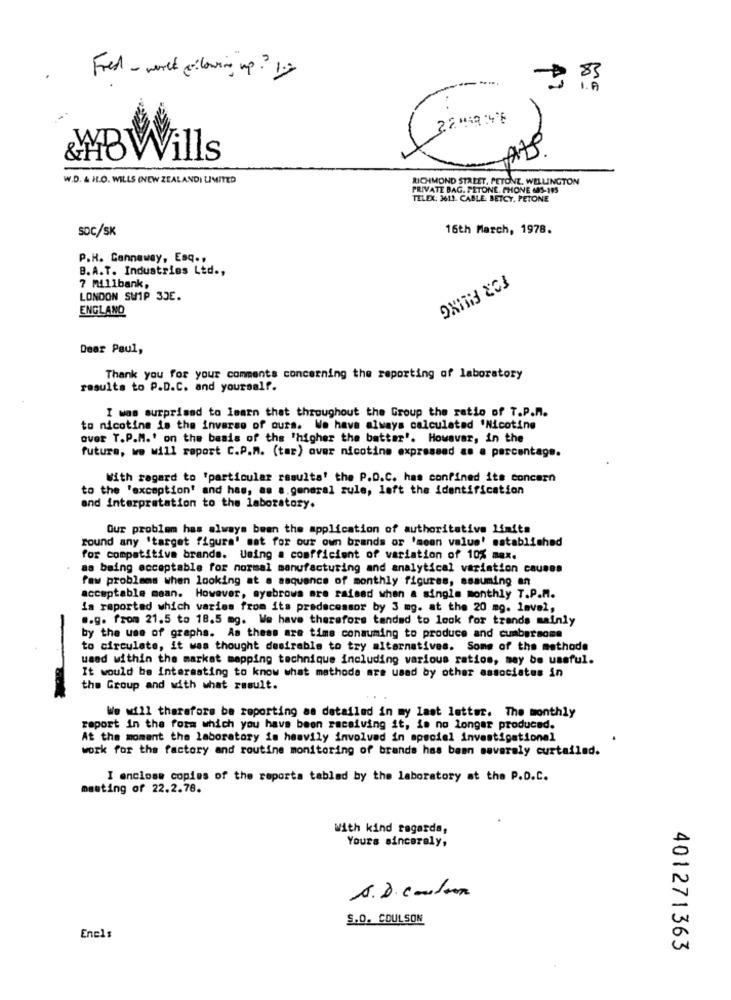
Fred - world plowing up? og
47
ALS.
&MBWills
W.D. & H.O. WILLS (NEW ZEALAND) LIMITED
RICHMOND STREET, PETONE, WELLINGTON
PRIVATE BAG. PETONE. PHONE 485-193
TELEX: 3611. CABLE. BETCY, PETONE
SOC/SK
16th March, 1978.
P.H. Cannaway, Esq .,
B.A.T. Industries Ltd .,
7 Millbank,
LONDON SWIP 3JE.
ENGLAND
Dear Paul,
Thank you for your comments concerning the reporting of laboratory
results to P.D.C. and yourself.
I was surprised to learn that throughout the Group the ratio of T.P.M.
to nicotine is the inverso of ours. We have always calculated 'Nicotine
over T.P.M.' on the basis of the 'higher the batter'. However, in the
future, we will report C.P.M. (tar) over nicotine expressed as a percentage.
With regard to 'particular results' the P.D.C. has confined its concern
to the 'exception' and has, as a.general rule, loft the identification
and interpretation to the laboratory.
Our problem has always been the application of authoritative limits
round any 'target figura' mat for our own brands or 'mean value' established
for competitive brands. Using a comfficient of variation of 10% max.
as being acceptable for normal manufacturing and analytical variation causes
few problems when looking at a sequence of monthly figures, assuming an
acceptable mean. However, myebrows are raised when a single monthly T.P.M.
is reported which varies from its predecessor by 3 mg. at the 20 mg. lavel,
.. g. from 21.5 to 18.5 mg. We have therefore tended to look for trends mainly
by the use of graphs. As these are time consuming to produce and cumbersome
to circulate, it was thought desirable to try alternatives. Some of the methode
used within the market mapping technique including various ratios, may be useful.
It would be interesting to know what methode are used by other associates in
the Group and with what result.
We will therefore be reporting as detailed in my last letter. The monthly
raport in the form which you have been receiving it, is no longer produced.
At the moment the laboratory is heavily involved in special investigationel
work for the factory and routine monitoring of brands has been severaly curtailed.
I enclose copies of the reporta tabled by the laboratory at the P.D.C.
masting of 22.2.78.
With kind regards,
Yours sincerely,
A. D. condor
S.D. COULSON
Enels
401271363